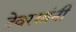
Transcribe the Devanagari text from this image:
देवरसांनी